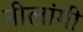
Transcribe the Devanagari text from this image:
नीलांगी